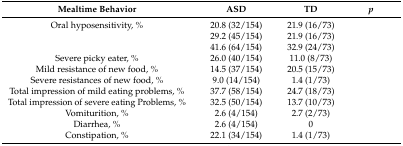
<table><thead><tr><td><b>Mealtime Behavior</b></td><td><b>ASD</b></td><td><b>TD</b></td><td><b><i>p</i></b></td></tr></thead><tbody><tr><td>Oral hyposensitivity, %</td><td>20.8 (32/154)</td><td>21.9 (16/73)</td><td>[EMPTY_CELL]</td></tr><tr><td>[EMPTY_CELL]</td><td>29.2 (45/154)</td><td>21.9 (16/73)</td><td>[EMPTY_CELL]</td></tr><tr><td>[EMPTY_CELL]</td><td>41.6 (64/154)</td><td>32.9 (24/73)</td><td>[EMPTY_CELL]</td></tr><tr><td>Severe picky eater, %</td><td>26.0 (40/154)</td><td>11.0 (8/73)</td><td>[EMPTY_CELL]</td></tr><tr><td>Mild resistance of new food, %</td><td>14.5 (37/154)</td><td>20.5 (15/73)</td><td>[EMPTY_CELL]</td></tr><tr><td>Severe resistances of new food, %</td><td>9.0 (14/154)</td><td>1.4 (1/73)</td><td>[EMPTY_CELL]</td></tr><tr><td>Total impression of mild eating problems, %</td><td>37.7 (58/154)</td><td>24.7 (18/73)</td><td>[EMPTY_CELL]</td></tr><tr><td>Total impression of severe eating Problems, %</td><td>32.5 (50/154)</td><td>13.7 (10/73)</td><td>[EMPTY_CELL]</td></tr><tr><td>Vomiturition, %</td><td>2.6 (4/154)</td><td>2.7 (2/73)</td><td>[EMPTY_CELL]</td></tr><tr><td>Diarrhea, %</td><td>2.6 (4/154)</td><td>0</td><td>[EMPTY_CELL]</td></tr><tr><td>Constipation, %</td><td>22.1 (34/154)</td><td>1.4 (1/73)</td><td>[EMPTY_CELL]</td></tr></tbody></table>